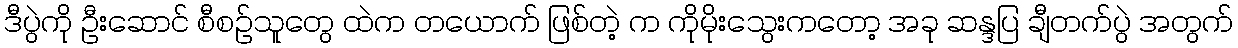
ဒီပွဲကို ဦးဆောင် စီစဉ်သူတွေ ထဲက တယောက် ဖြစ်တဲ့ က ကိုမိုးသွေးကတော့ အခု ဆန္ဒပြ ချီတက်ပွဲ အတွက်